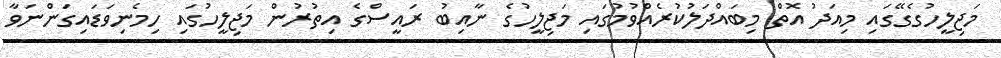
މަޖިލީހުގެގޭގައި މިއަދު އޮތް މިބައްދަލުކުރެއްވުމުގައި މަޖިލީހުގެ ނާއިބު ރައީސްގެ އިތުރުން މަޖިލީހުގައި ހިމެނިވަޑައިގަންނަވާ